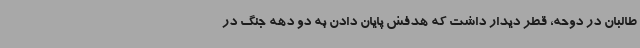
طالبان در دوحه، قطر دیدار داشت که هدفش پایان دادن به دو دهه جنگ در